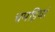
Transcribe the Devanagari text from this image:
चमड़ियां